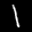
Label: 1